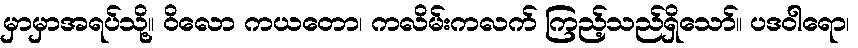
မှာမှာအရပ်သို့။ ဝိလော ကယတော၊ ကလိမ်းကလက် ကြည့်သည်ရှိသော်။ ပဒဝါရော၊